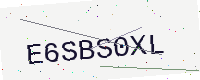
Text: E6SBS0XL